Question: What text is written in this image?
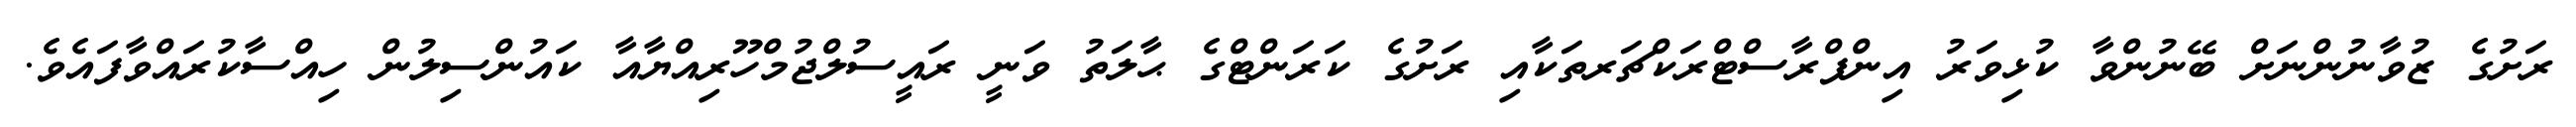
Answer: ރަށުގެ ޒުވާނުންނަށް ބޭނުންވާ ކުޅިވަރު އިންފްރާސްޓްރަކްޗަރތަކާއި ރަށުގެ ކަރަންޓްގެ ޙާލަތު ވަނީ ރައީސުލްޖުމްހޫރިއްޔާއާ ކައުންސިލުން ހިއްސާކުރައްވާފައެވެ.